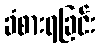
ခံစားရခြင်း